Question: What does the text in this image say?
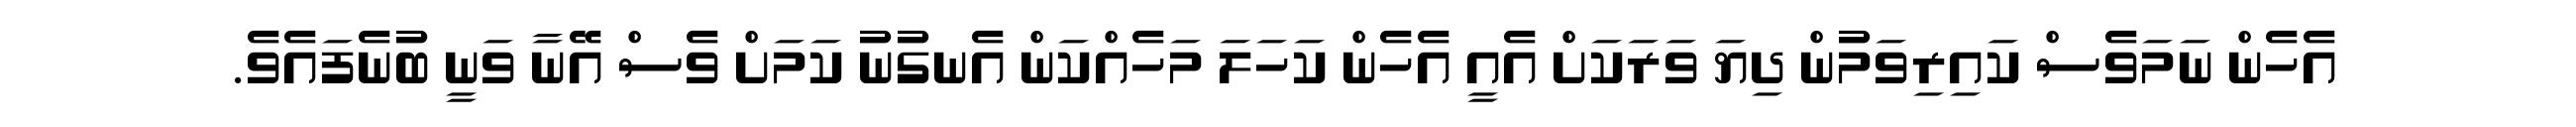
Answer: އެހެން ނަމަވެސް ކައިރިވަމުން ދިޔަ ވަރަކަށް އެއީ އެހެން ކަހަލަ މަހެއްކަން އެނގުނު ކަމަށް ވެސް އޭނާ ވަނީ ބުނެފައެވެ.